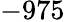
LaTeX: -975